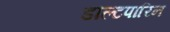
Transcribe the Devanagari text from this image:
डाल्टपारिन